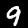
Digit: 9